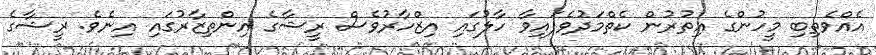
އެއްވެތިބި މީހުންގެ އިތުރުން ކެތްމަދުވެފައިވާ ހާލުގައި އިޒްހާރުވެސް ރީޝާގެ އިންތިޒާރުގައި އިނެވެ. ރީޝާގެ